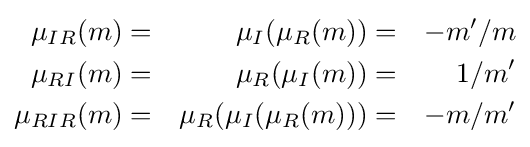
{\begin{aligned}\mu _{IR}(m)&=&\mu _{I}(\mu _{R}(m))&=&-m'/m\\\mu _{RI}(m)&=&\mu _{R}(\mu _{I}(m))&=&1/m'\\\mu _{RIR}(m)&=&\mu _{R}(\mu _{I}(\mu _{R}(m)))&=&-m/m'\end{aligned}}